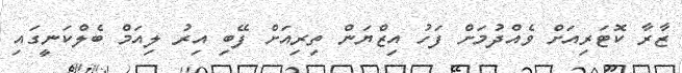
ޒާރާ ކޮޓަރިއަށް ވެއްދުމަށް ފަހު އިޒްޔަން ތިރިއަށް ފޭބި އިރު ލިއަމް ބެލްކަނީގައި